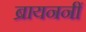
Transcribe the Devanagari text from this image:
ब्रायननीं